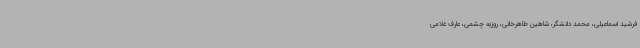
فرشید اسماعیلی، محمد دانشگر، شاهین طاهرخانی، روزبه چشمی، عارف غلامی